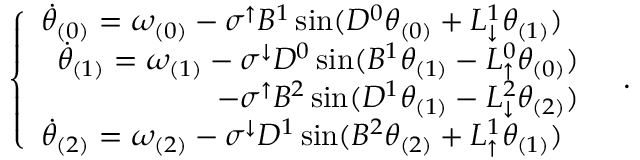
\begin{array} { r } { \left\{ \begin{array} { l l } { \Dot { \theta } _ { ( 0 ) } = \omega _ { ( 0 ) } - \sigma ^ { \uparrow } B ^ { 1 } \sin ( D ^ { 0 } \theta _ { ( 0 ) } + L _ { \downarrow } ^ { 1 } \theta _ { ( 1 ) } ) } \\ { \begin{array} { r } { \Dot { \theta } _ { ( 1 ) } = \omega _ { ( 1 ) } - \sigma ^ { \downarrow } D ^ { 0 } \sin ( B ^ { 1 } \theta _ { ( 1 ) } - L _ { \uparrow } ^ { 0 } \theta _ { ( 0 ) } ) } \\ { - \sigma ^ { \uparrow } B ^ { 2 } \sin ( D ^ { 1 } \theta _ { ( 1 ) } - L _ { \downarrow } ^ { 2 } \theta _ { ( 2 ) } ) } \end{array} } \\ { \Dot { \theta } _ { ( 2 ) } = \omega _ { ( 2 ) } - \sigma ^ { \downarrow } D ^ { 1 } \sin ( B ^ { 2 } \theta _ { ( 2 ) } + L _ { \uparrow } ^ { 1 } \theta _ { ( 1 ) } ) } \end{array} \right. \, . } \end{array}